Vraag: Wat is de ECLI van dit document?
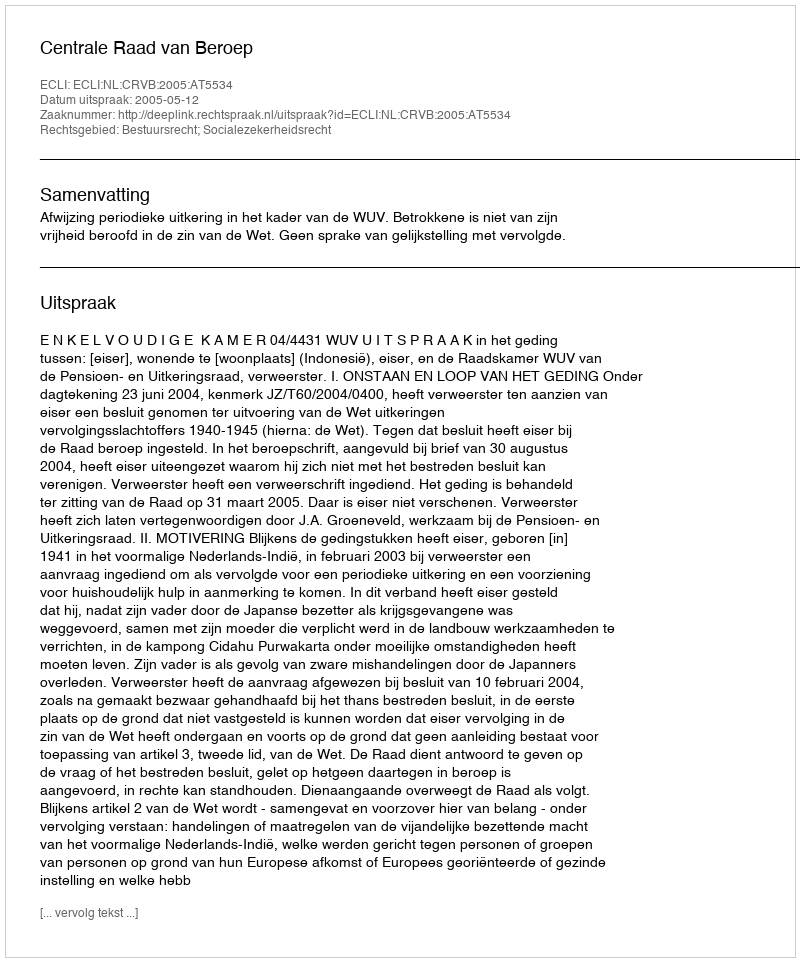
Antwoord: ECLI:NL:CRVB:2005:AT5534